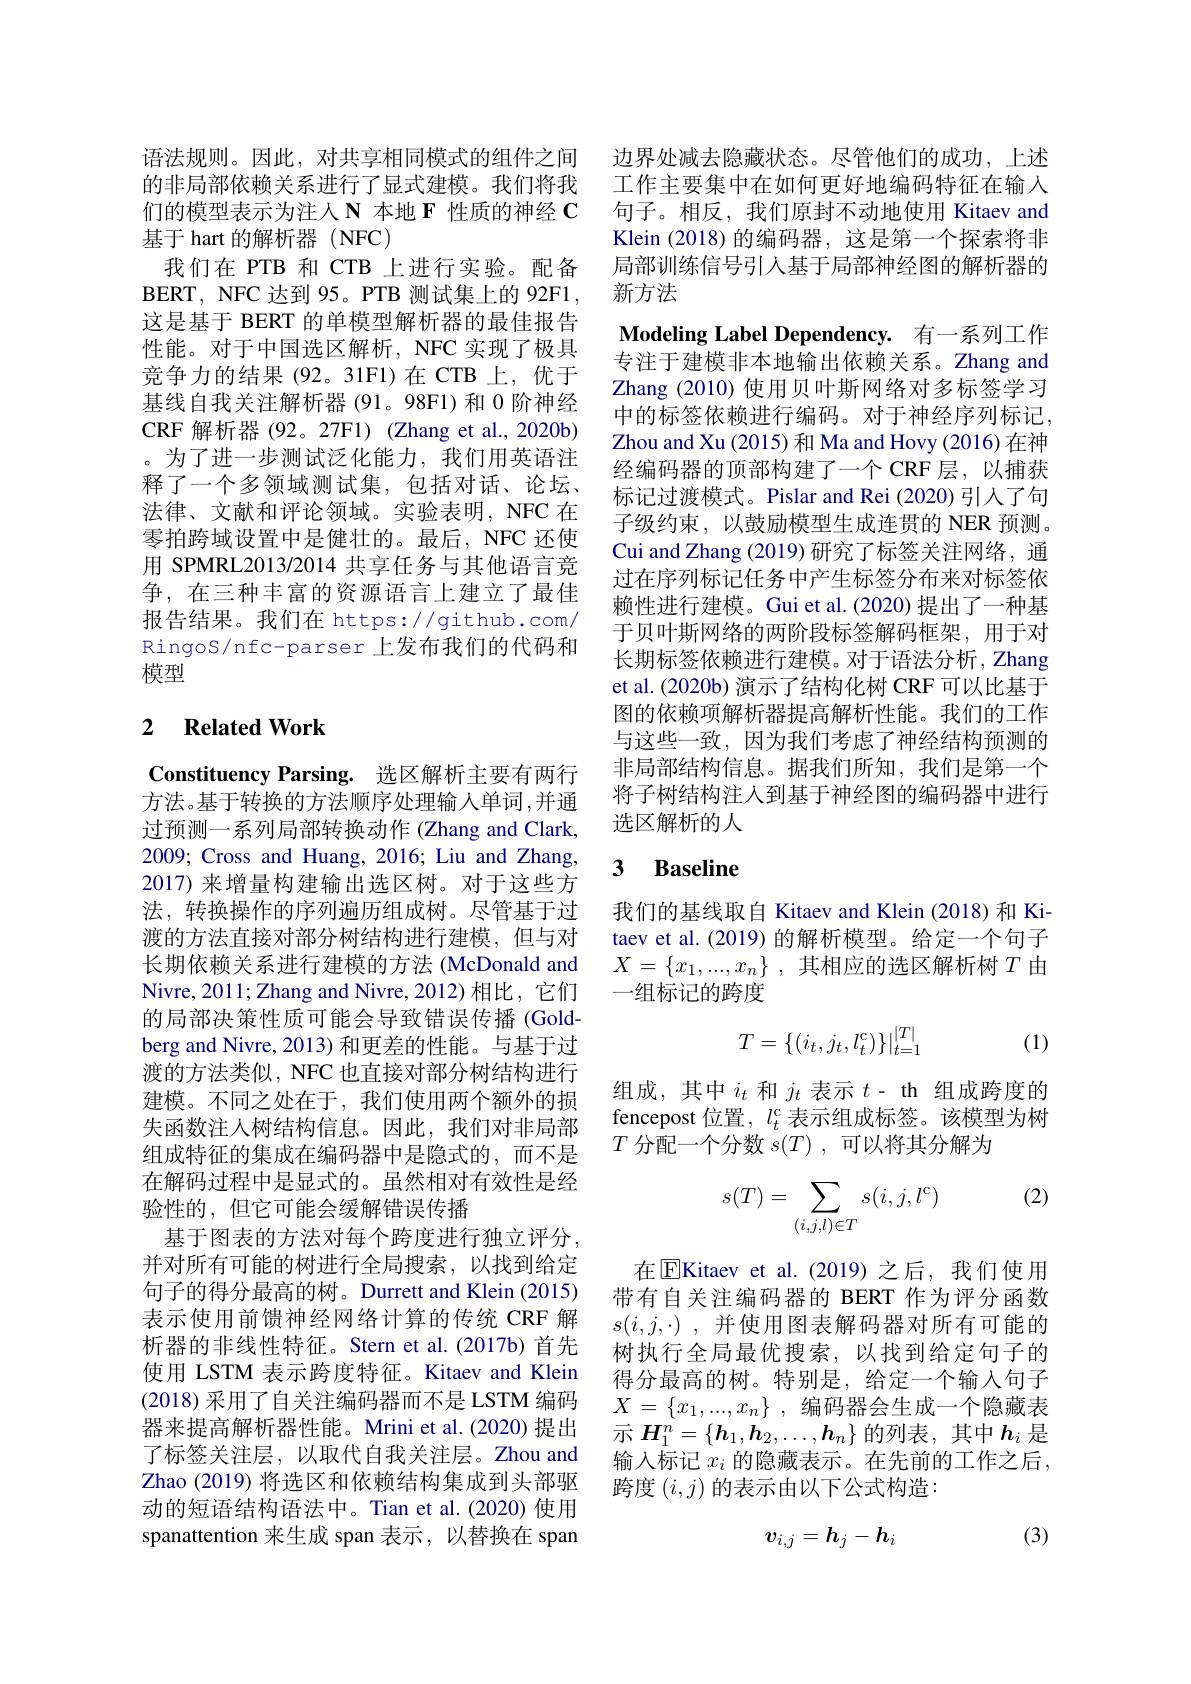
语法规则。因此，对共享相同模式的组件之间的非局部依赖关系进行了显式建模。我们将我们的模型表示为注人 N 本地 F 性质的神经 C 基于 hart 的解析器 (NFC)
我们在 PTB 和 CTB 上进行实验。配备BERT, NFC 达到 95。PTB 测试集上的 92F1, 这是基于 BERT 的单模型解析器的最佳报告性能。对于中国选区解析，NFC 实现了极具竞争力的结果(92。31F1)在 CTB 上，优于基线自我关注解析器(91。98F1)和 0 阶神经CRF 解析器 (92。27F1) (Zhang et al.,2020b) 。为了进一步测试泛化能力，我们用英语注释了一个多领域测试集，包括对话、论坛、 法律、文献和评论领域。实验表明，NFC 在零拍跨域设置中是健壮的。最后，NFC 还使用 SPMRL2013/2014 共享任务与其他语言竞争，在三种丰富的资源语言上建立了最佳报告结果。我们在 https://github.com/ RingoS/nfc-parser 上发布我们的代码和模型

## 2 $\textbf{Related Work}$

Constituency Parsing. 选区解析主要有两行方法。基于转换的方法顺序处理输入单词，并通过预测一系列局部转换动作 (Zhang and Clark, 2009; Cross and Huang, 2016; Liu and Zhang, 2017) 来增量构建输出选区树。对于这些方法，转换操作的序列遍历组成树。尽管基于过渡的方法直接对部分树结构进行建模，但与对长期依赖关系进行建模的方法 (McDonald and Nivre, 2011; Zhang and Nivre, 2012) 相比，它们的局部决策性质可能会导致错误传播(Goldberg and Nivre, 2013) 和更差的性能。与基于过渡的方法类似，NFC 也直接对部分树结构进行建模。不同之处在于，我们使用两个额外的损失函数注人树结构信息。因此，我们对非局部组成特征的集成在编码器中是隐式的，而不是在解码过程中是显式的。虽然相对有效性是经验性的，但它可能会缓解错误传播
基于图表的方法对每个跨度进行独立评分并对所有可能的树进行全局搜索，以找到给定句子的得分最高的树。Durrett and Klein (2015) 表示使用前馈神经网络计算的传统 CRF 解析器的非线性特征。Stern et al.(2017b) 首先使用 LSTM 表示跨度特征。Kitaev and Klein (2018)采用了自关注编码器而不是 LSTM 编码器来提高解析器性能。Mrini et al.(2020) 提出了标签关注层，以取代自我关注层。Zhou and Zhao (2019) 将选区和依赖结构集成到头部驱动的短语结构语法中。Tian et al.(2020) 使用spanattention 来生成 span 表示，以替换在 span

边界处减去隐藏状态。尽管他们的成功，上述工作主要集中在如何更好地编码特征在输入句子。相反，我们原封不动地使用 Kitaev and Klein (2018)的编码器，这是第一个探索将非局部训练信号引入基于局部神经图的解析器的新方法

Modeling Label Dependency. 有一系列工作

专注于建模非本地输出依赖关系。Zhang and Zhang (2010) 使用贝叶斯网络对多标签学习中的标签依赖进行编码。对于神经序列标记， Zhou and Xu (2015) 和 Ma and Hovy (2016) 在神经编码器的顶部构建了一个 CRF 层，以捕获标记过渡模式。Pislar and Rei (2020) 引入了句子级约束，以鼓励模型生成连贯的 NER 预测。Cui and Zhang (2019) 研究了标签关注网络，通过在序列标记任务中产生标签分布来对标签依赖性进行建模。Gui et al.(2020) 提出了一种基于贝叶斯网络的两阶段标签解码框架，用于对长期标签依赖进行建模。对于语法分析，Zhang et al. (2020b) 演示了结构化树 CRF 可以比基于图的依赖项解析器提高解析性能。我们的工作与这些一致，因为我们考虑了神经结构预测的非局部结构信息。据我们所知，我们是第一个将子树结构注人到基于神经图的编码器中进行选区解析的人

## 3 Baseline

我们的基线取自 Kitaev and Klein (2018) 和 Kitaev et al. (2019) 的解析模型。给定一个句子$X= \{ x_1, . . . , x_n\}$ ,其相应的选区解析树 $T$ 由一组标记的跨度

(1)
$$T=\{(i_t,j_t,l_t^\mathrm{c})\}|_{t=1}^{|T|}$$
组成，其中$i_t$ 和$j_t$ 表示 $t-$ th 组成跨度的fencepost 位置，$l_t^{\mathrm{c}}$表示组成标签。该模型为树$T$分配一个分数$s(T)$,可以将其分解为

(2)
$$s(T)=\sum_{(i,j,l)\in T}s(i,j,l^{\mathrm{c}})$$
在$\boxed{\mathrm{E}}$Kitaev et al.(2019)之后，我们使用带有自关注编码器的 BERT 作为评分函数$s( i, j, \cdot )$ ,并使用图表解码器对所有可能的树执行全局最优搜索，以找到给定句子的得分最高的树。特别是，给定一个输入句子$X= \{ x_1, . . . , x_n\}$ ,编码器会生成一个隐藏表示$\boldsymbol{H}_1^n=\{\boldsymbol{h}_1,\boldsymbol{h}_2,\ldots,\boldsymbol{h}_n\}$的列表，其中$h_i$是输入标记 $x_i$ 的隐藏表示。在先前的工作之后， 跨度$(i,j)$的表示由以下公式构造：

(3)
$$v_{i,j}=h_j-h_i$$